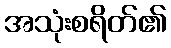
အသုံးစရိတ်၏